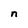
Character: n